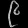
Digit: ၉